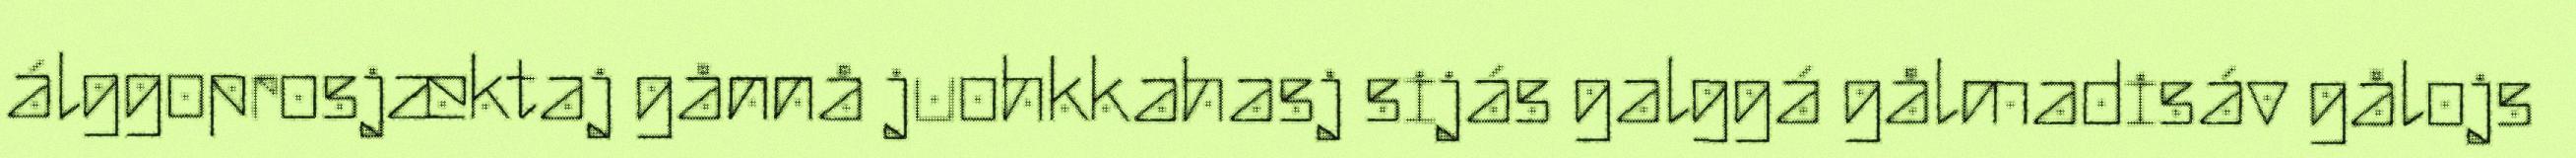
álggoprosjæktaj gånnå juohkkahasj sijás galggá gålmadisáv gålojs